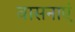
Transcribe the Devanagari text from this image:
वासनाएं